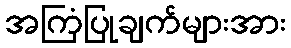
အကြံပြုချက်များအား